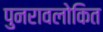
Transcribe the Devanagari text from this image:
पुनरावलोकित